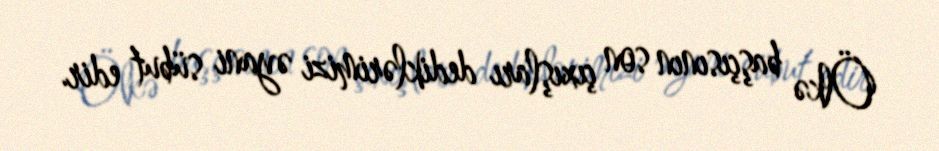
Ölkə başçısının son çıxışları dediklərimizi əyani sübut edir.